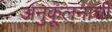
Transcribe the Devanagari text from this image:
अनुकूलनाची